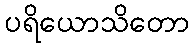
ပရိယောသိတော